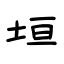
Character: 垣